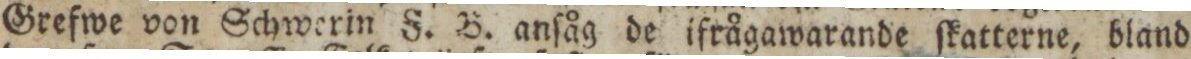
Grefwe von Schwerin F. B. anſåg de ifrågawarande ſkatterne, bland